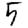
Digit: 5